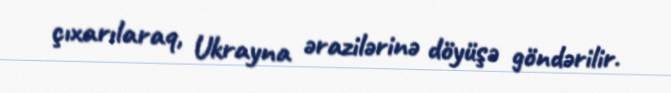
çıxarılaraq, Ukrayna ərazilərinə döyüşə göndərilir.